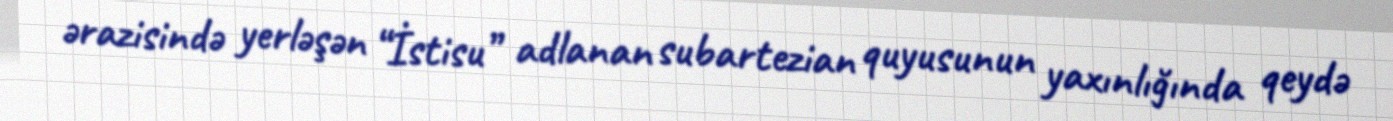
ərazisində yerləşən “İstisu” adlanan subartezian quyusunun yaxınlığında qeydə